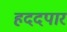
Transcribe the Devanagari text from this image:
हददपार